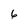
Character: 6